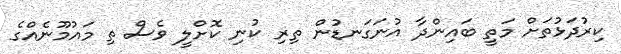
ކިރުދަޅުތަށް މަތީ ބައިންދާ އުނަގަނޑުން ތިރި ކުނި ކޮށްލީ ވެސް ތި މައުމޫނެއްގެ